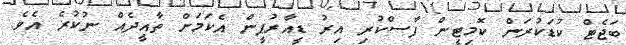
ބަޖެޓް ކުޑަކުރަން ކޮމިޓީން ފާސްކުރި އިރު ޑީއާރުޕީން އެކަމަށް ތާއީދެއް ނުކުރެ އެވެ.